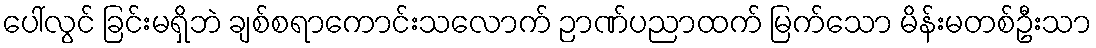
ပေါ်လွင် ခြင်းမရှိဘဲ ချစ်စရာကောင်းသလောက် ဉာဏ်ပညာထက် မြက်သော မိန်းမတစ်ဦးသာ